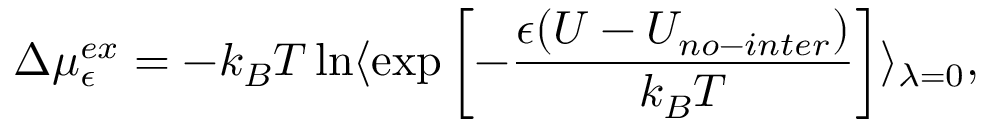
\Delta \mu _ { \epsilon } ^ { e x } = - k _ { B } T \ln \ensuremath { \langle { \exp \left[ - \frac { \epsilon ( U - U _ { n o - i n t e r } ) } { k _ { B } T } \right] } \rangle } _ { \lambda = 0 } ,